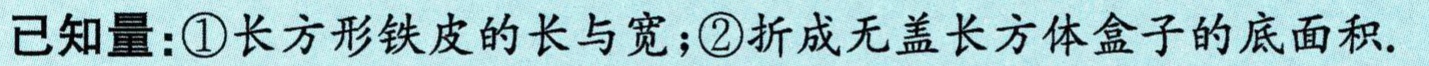
已知量：\textcircled{1}长方形铁皮的长与宽；\textcircled{2}折成无盖长方体盒子的底面积.